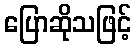
ပြောဆိုသဖြင့်